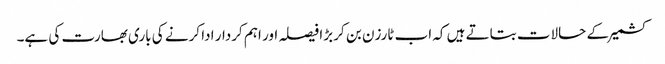
کشمیرکے حالات بتاتے ہیں کہ اب ٹارزن بن کر بڑا فیصلہ اور اہم کردار ادا کرنے کی باری بھارت کی ہے۔